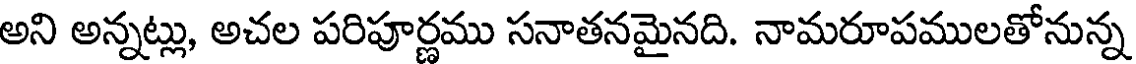
అని అన్నట్లు, అచల పరిపూర్ణము సనాతనమైనది. నామరూపములతోనున్న